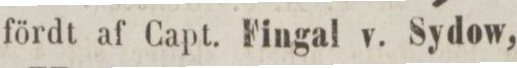
fördt af Capt. Fingal v. Sydow,